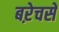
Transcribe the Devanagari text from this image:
बऱेचसे